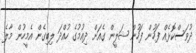
ދުވަސްކޮޅެއް ފަހުން ފަހުން ޝަލީން ގެއަށް ދިއުމުގެ ހުއްދަ ލިބިގެން އެމީހުން މާލެ